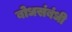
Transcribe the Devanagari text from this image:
बोधसंबंधी